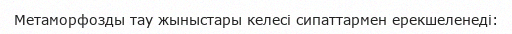
Метаморфозды тау жыныстары келесі сипаттармен ерекшеленеді: